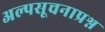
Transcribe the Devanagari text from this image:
अल्पसूचनाप्रश्न